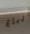
أرباع